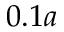
0 . 1 a